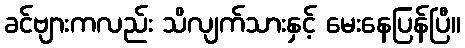
ခင်ဗျားကလည်း သိလျက်သားနှင့် မေးနေပြန်ပြီ။